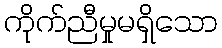
ကိုက်ညီမှုမရှိသော